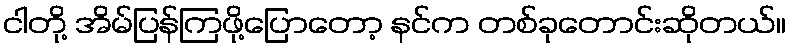
ငါတို့ အိမ်ပြန်ကြဖို့ပြောတော့ နင်က တစ်ခုတောင်းဆိုတယ်။